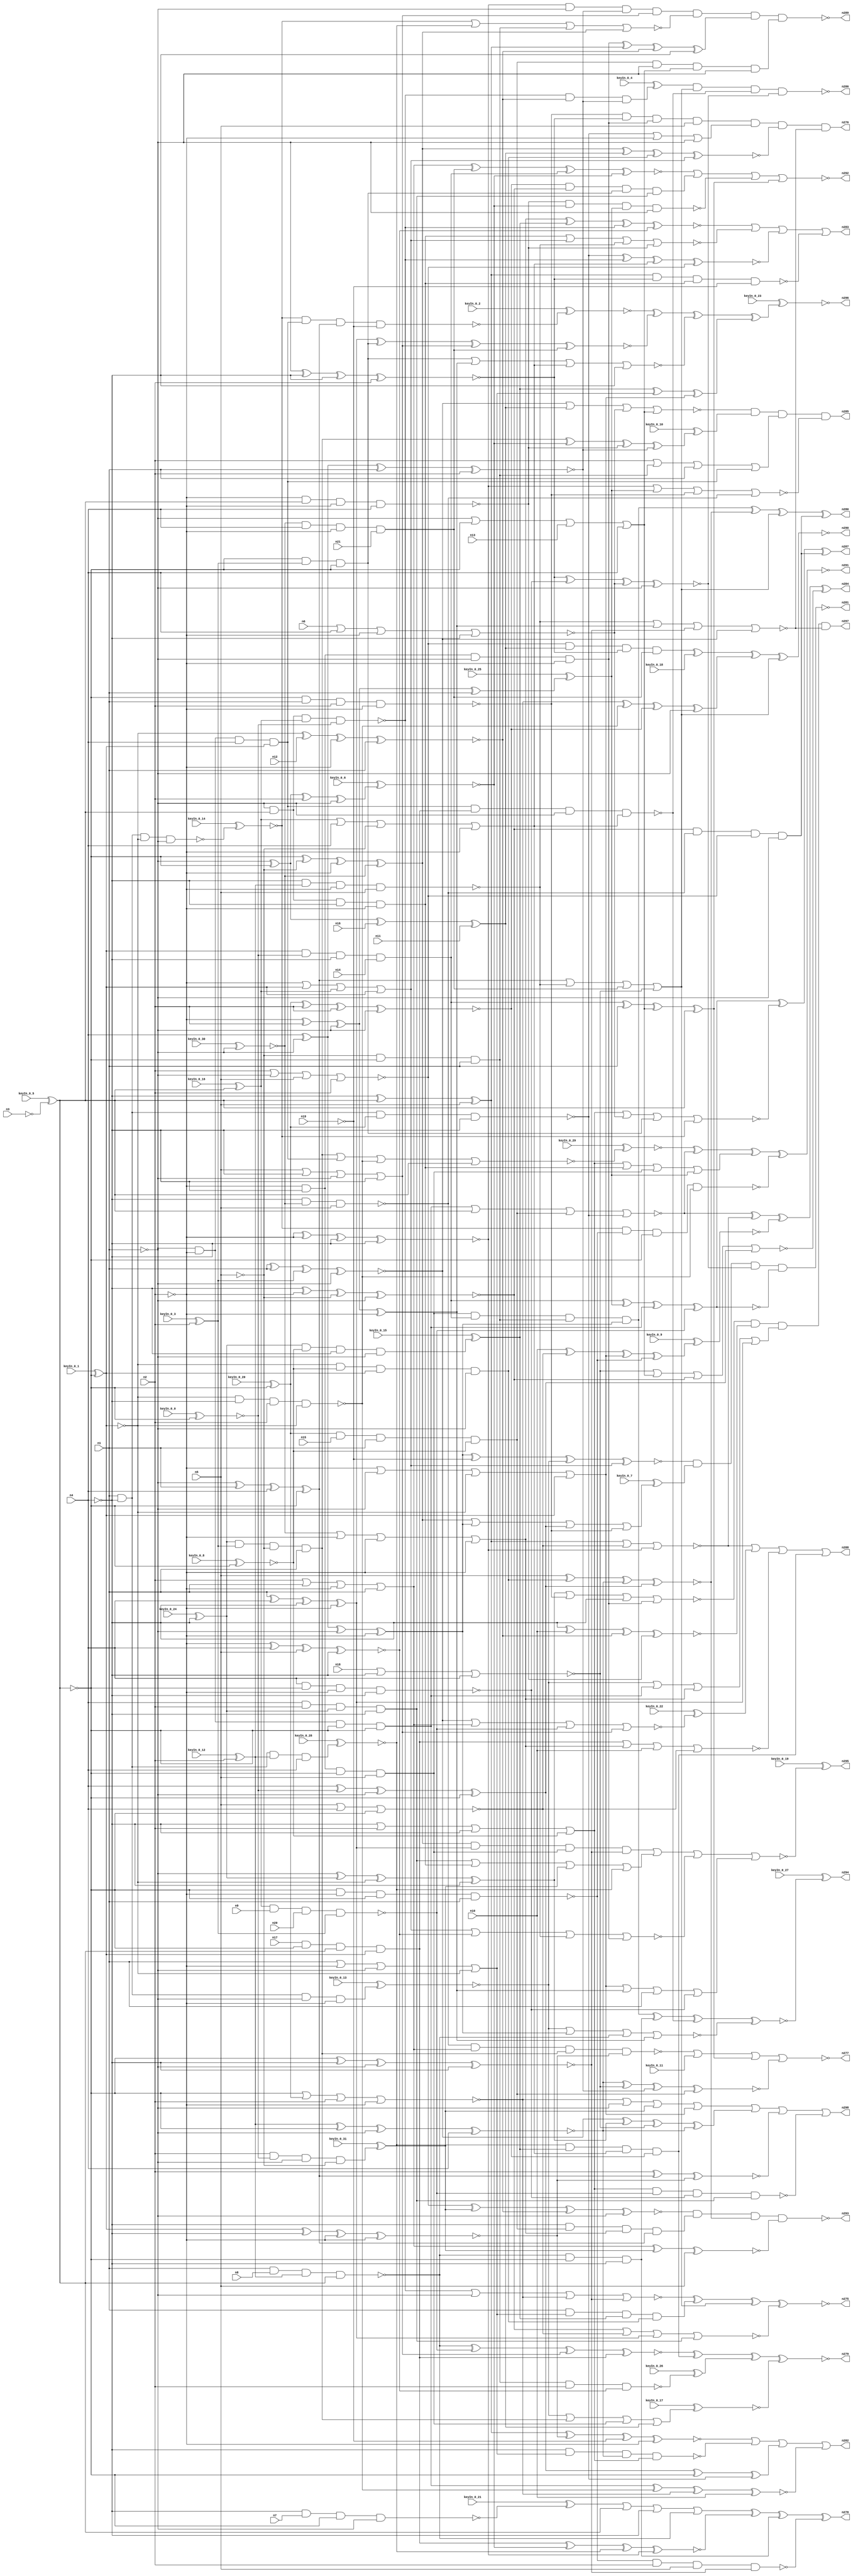


module Stat_277_639
(
  n1,
  n2,
  n3,
  n4,
  n5,
  n6,
  n7,
  n8,
  n9,
  n10,
  n11,
  n12,
  n13,
  n14,
  n15,
  n16,
  n17,
  n18,
  n19,
  n20,
  n21,
  n298,
  n293,
  n286,
  n291,
  n282,
  n294,
  n283,
  n296,
  n278,
  n287,
  n288,
  n279,
  n280,
  n276,
  n295,
  n277,
  n290,
  n281,
  n284,
  n285,
  n275,
  n289,
  n292,
  n297,
  keyIn_0_0,
  keyIn_0_1,
  keyIn_0_2,
  keyIn_0_3,
  keyIn_0_4,
  keyIn_0_5,
  keyIn_0_6,
  keyIn_0_7,
  keyIn_0_8,
  keyIn_0_9,
  keyIn_0_10,
  keyIn_0_11,
  keyIn_0_12,
  keyIn_0_13,
  keyIn_0_14,
  keyIn_0_15,
  keyIn_0_16,
  keyIn_0_17,
  keyIn_0_18,
  keyIn_0_19,
  keyIn_0_20,
  keyIn_0_21,
  keyIn_0_22,
  keyIn_0_23,
  keyIn_0_24,
  keyIn_0_25,
  keyIn_0_26,
  keyIn_0_27,
  keyIn_0_28,
  keyIn_0_29,
  keyIn_0_30,
  keyIn_0_31
);

  input n1;
  input n2;
  input n3;
  input n4;
  input n5;
  input n6;
  input n7;
  input n8;
  input n9;
  input n10;
  input n11;
  input n12;
  input n13;
  input n14;
  input n15;
  input n16;
  input n17;
  input n18;
  input n19;
  input n20;
  input n21;
  input keyIn_0_0;
  input keyIn_0_1;
  input keyIn_0_2;
  input keyIn_0_3;
  input keyIn_0_4;
  input keyIn_0_5;
  input keyIn_0_6;
  input keyIn_0_7;
  input keyIn_0_8;
  input keyIn_0_9;
  input keyIn_0_10;
  input keyIn_0_11;
  input keyIn_0_12;
  input keyIn_0_13;
  input keyIn_0_14;
  input keyIn_0_15;
  input keyIn_0_16;
  input keyIn_0_17;
  input keyIn_0_18;
  input keyIn_0_19;
  input keyIn_0_20;
  input keyIn_0_21;
  input keyIn_0_22;
  input keyIn_0_23;
  input keyIn_0_24;
  input keyIn_0_25;
  input keyIn_0_26;
  input keyIn_0_27;
  input keyIn_0_28;
  input keyIn_0_29;
  input keyIn_0_30;
  input keyIn_0_31;
  output n298;
  output n293;
  output n286;
  output n291;
  output n282;
  output n294;
  output n283;
  output n296;
  output n278;
  output n287;
  output n288;
  output n279;
  output n280;
  output n276;
  output n295;
  output n277;
  output n290;
  output n281;
  output n284;
  output n285;
  output n275;
  output n289;
  output n292;
  output n297;
  wire n22;
  wire n23;
  wire n24;
  wire n25;
  wire n26;
  wire n27;
  wire n28;
  wire n29;
  wire n30;
  wire n31;
  wire n32;
  wire n33;
  wire n34;
  wire n35;
  wire n36;
  wire n37;
  wire n38;
  wire n39;
  wire n40;
  wire n41;
  wire n42;
  wire n43;
  wire n44;
  wire n45;
  wire n46;
  wire n47;
  wire n48;
  wire n49;
  wire n50;
  wire n51;
  wire n52;
  wire n53;
  wire n54;
  wire n55;
  wire n56;
  wire n57;
  wire n58;
  wire n59;
  wire n60;
  wire n61;
  wire n62;
  wire n63;
  wire n64;
  wire n65;
  wire n66;
  wire n67;
  wire n68;
  wire n69;
  wire n70;
  wire n71;
  wire n72;
  wire n73;
  wire n74;
  wire n75;
  wire n76;
  wire n77;
  wire n78;
  wire n79;
  wire n80;
  wire n81;
  wire n82;
  wire n83;
  wire n84;
  wire n85;
  wire n86;
  wire n87;
  wire n88;
  wire n89;
  wire n90;
  wire n91;
  wire n92;
  wire n93;
  wire n94;
  wire n95;
  wire n96;
  wire n97;
  wire n98;
  wire n99;
  wire n100;
  wire n101;
  wire n102;
  wire n103;
  wire n104;
  wire n105;
  wire n106;
  wire n107;
  wire n108;
  wire n109;
  wire n110;
  wire n111;
  wire n112;
  wire n113;
  wire n114;
  wire n115;
  wire n116;
  wire n117;
  wire n118;
  wire n119;
  wire n120;
  wire n121;
  wire n122;
  wire n123;
  wire n124;
  wire n125;
  wire n126;
  wire n127;
  wire n128;
  wire n129;
  wire n130;
  wire n131;
  wire n132;
  wire n133;
  wire n134;
  wire n135;
  wire n136;
  wire n137;
  wire n138;
  wire n139;
  wire n140;
  wire n141;
  wire n142;
  wire n143;
  wire n144;
  wire n145;
  wire n146;
  wire n147;
  wire n148;
  wire n149;
  wire n150;
  wire n151;
  wire n152;
  wire n153;
  wire n154;
  wire n155;
  wire n156;
  wire n157;
  wire n158;
  wire n159;
  wire n160;
  wire n161;
  wire n162;
  wire n163;
  wire n164;
  wire n165;
  wire n166;
  wire n167;
  wire n168;
  wire n169;
  wire n170;
  wire n171;
  wire n172;
  wire n173;
  wire n174;
  wire n175;
  wire n176;
  wire n177;
  wire n178;
  wire n179;
  wire n180;
  wire n181;
  wire n182;
  wire n183;
  wire n184;
  wire n185;
  wire n186;
  wire n187;
  wire n188;
  wire n189;
  wire n190;
  wire n191;
  wire n192;
  wire n193;
  wire n194;
  wire n195;
  wire n196;
  wire n197;
  wire n198;
  wire n199;
  wire n200;
  wire n201;
  wire n202;
  wire n203;
  wire n204;
  wire n205;
  wire n206;
  wire n207;
  wire n208;
  wire n209;
  wire n210;
  wire n211;
  wire n212;
  wire n213;
  wire n214;
  wire n215;
  wire n216;
  wire n217;
  wire n218;
  wire n219;
  wire n220;
  wire n221;
  wire n222;
  wire n223;
  wire n224;
  wire n225;
  wire n226;
  wire n227;
  wire n228;
  wire n229;
  wire n230;
  wire n231;
  wire n232;
  wire n233;
  wire n234;
  wire n235;
  wire n236;
  wire n237;
  wire n238;
  wire n239;
  wire n240;
  wire n241;
  wire n242;
  wire n243;
  wire n244;
  wire n245;
  wire n246;
  wire n247;
  wire n248;
  wire n249;
  wire n250;
  wire n251;
  wire n252;
  wire n253;
  wire n254;
  wire n255;
  wire n256;
  wire n257;
  wire n258;
  wire n259;
  wire n260;
  wire n261;
  wire n262;
  wire n263;
  wire n264;
  wire n265;
  wire n266;
  wire n267;
  wire n268;
  wire n269;
  wire n270;
  wire n271;
  wire n272;
  wire n273;
  wire n274;
  wire KeyWire_0_0;
  wire KeyWire_0_1;
  wire KeyWire_0_2;
  wire KeyWire_0_3;
  wire KeyWire_0_4;
  wire KeyWire_0_5;
  wire KeyWire_0_6;
  wire KeyWire_0_7;
  wire KeyWire_0_8;
  wire KeyWire_0_9;
  wire KeyWire_0_10;
  wire KeyWire_0_11;
  wire KeyWire_0_12;
  wire KeyWire_0_13;
  wire KeyWire_0_14;
  wire KeyWire_0_15;
  wire KeyWire_0_16;
  wire KeyWire_0_17;
  wire KeyWire_0_18;
  wire KeyWire_0_19;
  wire KeyWire_0_20;
  wire KeyWire_0_21;
  wire KeyWire_0_22;
  wire KeyWire_0_23;
  wire KeyWire_0_24;
  wire KeyWire_0_25;
  wire KeyWire_0_26;
  wire KeyWire_0_27;
  wire KeyWire_0_28;
  wire KeyWire_0_29;
  wire KeyWire_0_30;
  wire KeyWire_0_31;

  buf
  g0
  (
    n22,
    n5
  );


  buf
  g1
  (
    n24,
    n2
  );


  not
  g2
  (
    n25,
    n1
  );


  not
  g3
  (
    n26,
    n4
  );


  not
  g4
  (
    KeyWire_0_5,
    n3
  );


  not
  g5
  (
    n38,
    n25
  );


  not
  g6
  (
    n39,
    n24
  );


  not
  g7
  (
    n43,
    n23
  );


  not
  g8
  (
    n37,
    n25
  );


  buf
  g9
  (
    n32,
    n23
  );


  buf
  g10
  (
    n36,
    n26
  );


  not
  g11
  (
    n33,
    n26
  );


  buf
  g12
  (
    n30,
    n24
  );


  buf
  g13
  (
    n34,
    n23
  );


  buf
  g14
  (
    n42,
    n26
  );


  not
  g15
  (
    n29,
    n26
  );


  buf
  g16
  (
    n35,
    n24
  );


  not
  g17
  (
    n40,
    n25
  );


  not
  g18
  (
    n28,
    n24
  );


  not
  g19
  (
    KeyWire_0_1,
    n23
  );


  buf
  g20
  (
    n27,
    n25
  );


  buf
  g21
  (
    n41,
    n22
  );


  not
  g22
  (
    n62,
    n30
  );


  not
  g23
  (
    KeyWire_0_0,
    n32
  );


  buf
  g24
  (
    n57,
    n39
  );


  not
  g25
  (
    n88,
    n31
  );


  buf
  g26
  (
    KeyWire_0_20,
    n43
  );


  buf
  g27
  (
    n102,
    n28
  );


  buf
  g28
  (
    n50,
    n36
  );


  buf
  g29
  (
    n96,
    n41
  );


  buf
  g30
  (
    n58,
    n33
  );


  not
  g31
  (
    n56,
    n42
  );


  buf
  g32
  (
    n71,
    n39
  );


  not
  g33
  (
    n98,
    n33
  );


  not
  g34
  (
    n45,
    n29
  );


  buf
  g35
  (
    n59,
    n42
  );


  buf
  g36
  (
    n55,
    n28
  );


  not
  g37
  (
    n68,
    n30
  );


  buf
  g38
  (
    n66,
    n30
  );


  buf
  g39
  (
    n78,
    n37
  );


  not
  g40
  (
    n60,
    n43
  );


  buf
  g41
  (
    n99,
    n43
  );


  not
  g42
  (
    n95,
    n37
  );


  not
  g43
  (
    n87,
    n33
  );


  not
  g44
  (
    n63,
    n27
  );


  buf
  g45
  (
    n67,
    n38
  );


  buf
  g46
  (
    n80,
    n39
  );


  buf
  g47
  (
    n101,
    n31
  );


  not
  g48
  (
    n74,
    n29
  );


  buf
  g49
  (
    n54,
    n33
  );


  buf
  g50
  (
    n49,
    n38
  );


  not
  g51
  (
    n64,
    n40
  );


  not
  g52
  (
    n79,
    n32
  );


  not
  g53
  (
    n44,
    n41
  );


  not
  g54
  (
    n103,
    n35
  );


  not
  g55
  (
    n92,
    n37
  );


  not
  g56
  (
    n46,
    n38
  );


  buf
  g57
  (
    n84,
    n37
  );


  not
  g58
  (
    KeyWire_0_24,
    n29
  );


  buf
  g59
  (
    n97,
    n28
  );


  not
  g60
  (
    n94,
    n34
  );


  buf
  g61
  (
    n109,
    n41
  );


  not
  g62
  (
    n53,
    n32
  );


  buf
  g63
  (
    n51,
    n42
  );


  buf
  g64
  (
    n85,
    n40
  );


  not
  g65
  (
    KeyWire_0_8,
    n34
  );


  not
  g66
  (
    n72,
    n38
  );


  not
  g67
  (
    KeyWire_0_12,
    n39
  );


  buf
  g68
  (
    n111,
    n34
  );


  buf
  g69
  (
    n108,
    n27
  );


  not
  g70
  (
    n104,
    n31
  );


  not
  g71
  (
    n107,
    n28
  );


  not
  g72
  (
    n100,
    n34
  );


  buf
  g73
  (
    n89,
    n27
  );


  not
  g74
  (
    KeyWire_0_30,
    n40
  );


  buf
  g75
  (
    KeyWire_0_3,
    n35
  );


  buf
  g76
  (
    n93,
    n30
  );


  buf
  g77
  (
    n75,
    n29
  );


  not
  g78
  (
    KeyWire_0_16,
    n43
  );


  buf
  g79
  (
    n52,
    n27
  );


  buf
  g80
  (
    n73,
    n36
  );


  not
  g81
  (
    n76,
    n41
  );


  buf
  g82
  (
    n61,
    n35
  );


  not
  g83
  (
    n65,
    n35
  );


  not
  g84
  (
    n70,
    n40
  );


  not
  g85
  (
    n48,
    n42
  );


  buf
  g86
  (
    n106,
    n31
  );


  buf
  g87
  (
    n90,
    n36
  );


  not
  g88
  (
    n105,
    n32
  );


  buf
  g89
  (
    n91,
    n36
  );


  not
  g90
  (
    n181,
    n95
  );


  buf
  g91
  (
    n189,
    n60
  );


  buf
  g92
  (
    n180,
    n68
  );


  not
  g93
  (
    n163,
    n76
  );


  not
  g94
  (
    n178,
    n84
  );


  not
  g95
  (
    n123,
    n65
  );


  not
  g96
  (
    n187,
    n84
  );


  buf
  g97
  (
    n193,
    n73
  );


  buf
  g98
  (
    n179,
    n100
  );


  buf
  g99
  (
    n125,
    n74
  );


  not
  g100
  (
    n143,
    n19
  );


  buf
  g101
  (
    n120,
    n10
  );


  not
  g102
  (
    n167,
    n67
  );


  nor
  g103
  (
    n130,
    n18,
    n51,
    n48
  );


  and
  g104
  (
    KeyWire_0_15,
    n82,
    n81,
    n51,
    n52
  );


  nand
  g105
  (
    KeyWire_0_14,
    n67,
    n73,
    n106,
    n89
  );


  and
  g106
  (
    n138,
    n17,
    n99,
    n60,
    n104
  );


  nand
  g107
  (
    n151,
    n87,
    n110,
    n55,
    n109
  );


  and
  g108
  (
    n141,
    n56,
    n61,
    n82,
    n90
  );


  nand
  g109
  (
    n118,
    n101,
    n51,
    n61,
    n106
  );


  nor
  g110
  (
    n152,
    n109,
    n75,
    n100
  );


  xor
  g111
  (
    n160,
    n74,
    n111,
    n96
  );


  xor
  g112
  (
    n135,
    n49,
    n56,
    n91,
    n97
  );


  or
  g113
  (
    n186,
    n93,
    n84,
    n65,
    n85
  );


  xor
  g114
  (
    n168,
    n46,
    n63,
    n75,
    n99
  );


  and
  g115
  (
    n117,
    n102,
    n59,
    n64,
    n65
  );


  or
  g116
  (
    n121,
    n83,
    n54,
    n76,
    n71
  );


  and
  g117
  (
    n166,
    n106,
    n81,
    n104,
    n108
  );


  xor
  g118
  (
    n124,
    n108,
    n53,
    n16,
    n11
  );


  and
  g119
  (
    n164,
    n77,
    n54,
    n68,
    n21
  );


  xnor
  g120
  (
    n173,
    n45,
    n57,
    n44,
    n95
  );


  and
  g121
  (
    n176,
    n82,
    n47,
    n44,
    n85
  );


  nor
  g122
  (
    n153,
    n53,
    n69,
    n107,
    n68
  );


  xor
  g123
  (
    n139,
    n58,
    n108,
    n52,
    n103
  );


  and
  g124
  (
    KeyWire_0_28,
    n51,
    n67,
    n110,
    n54
  );


  and
  g125
  (
    n147,
    n80,
    n59,
    n53,
    n96
  );


  xor
  g126
  (
    KeyWire_0_25,
    n103,
    n93,
    n72,
    n84
  );


  nand
  g127
  (
    n155,
    n94,
    n55,
    n79,
    n49
  );


  and
  g128
  (
    n184,
    n95,
    n57,
    n99,
    n105
  );


  or
  g129
  (
    n142,
    n57,
    n89,
    n101,
    n88
  );


  xnor
  g130
  (
    n149,
    n94,
    n87,
    n95,
    n91
  );


  xnor
  g131
  (
    n182,
    n69,
    n66,
    n93,
    n92
  );


  or
  g132
  (
    n136,
    n64,
    n100,
    n13,
    n54
  );


  nand
  g133
  (
    n114,
    n71,
    n111,
    n62,
    n58
  );


  xnor
  g134
  (
    n133,
    n97,
    n48,
    n109,
    n90
  );


  and
  g135
  (
    n165,
    n64,
    n111,
    n50,
    n62
  );


  xnor
  g136
  (
    n190,
    n46,
    n75,
    n63,
    n66
  );


  nand
  g137
  (
    n144,
    n91,
    n49,
    n69,
    n87
  );


  xnor
  g138
  (
    n156,
    n62,
    n80,
    n73,
    n74
  );


  nand
  g139
  (
    KeyWire_0_21,
    n98,
    n7,
    n105,
    n89
  );


  or
  g140
  (
    n159,
    n109,
    n50,
    n70,
    n90
  );


  and
  g141
  (
    n140,
    n102,
    n92,
    n48,
    n104
  );


  xor
  g142
  (
    n175,
    n61,
    n68,
    n70,
    n97
  );


  nand
  g143
  (
    n132,
    n50,
    n98,
    n77,
    n96
  );


  or
  g144
  (
    n177,
    n98,
    n107,
    n87,
    n81
  );


  nand
  g145
  (
    n131,
    n58,
    n79,
    n103,
    n45
  );


  nand
  g146
  (
    n174,
    n63,
    n8,
    n110,
    n60
  );


  xnor
  g147
  (
    n169,
    n88,
    n45,
    n102,
    n97
  );


  or
  g148
  (
    n119,
    n103,
    n104,
    n83,
    n88
  );


  or
  g149
  (
    n146,
    n46,
    n49,
    n71,
    n59
  );


  xnor
  g150
  (
    n154,
    n101,
    n12,
    n71,
    n85
  );


  nand
  g151
  (
    n129,
    n89,
    n60,
    n83,
    n86
  );


  xnor
  g152
  (
    n116,
    n52,
    n45,
    n98,
    n66
  );


  xor
  g153
  (
    n192,
    n99,
    n44,
    n80,
    n77
  );


  xor
  g154
  (
    KeyWire_0_6,
    n70,
    n79,
    n107,
    n72
  );


  nor
  g155
  (
    n191,
    n61,
    n108,
    n96,
    n107
  );


  xor
  g156
  (
    n134,
    n56,
    n86,
    n64,
    n79
  );


  xnor
  g157
  (
    n158,
    n110,
    n105,
    n70,
    n48
  );


  nor
  g158
  (
    n150,
    n6,
    n58,
    n102,
    n59
  );


  or
  g159
  (
    n127,
    n77,
    n57,
    n55,
    n80
  );


  nor
  g160
  (
    n148,
    n74,
    n56,
    n72,
    n50
  );


  or
  g161
  (
    n172,
    n85,
    n55,
    n72,
    n106
  );


  xnor
  g162
  (
    n126,
    n78,
    n67,
    n47,
    n92
  );


  and
  g163
  (
    KeyWire_0_13,
    n78,
    n91,
    n92,
    n65
  );


  xor
  g164
  (
    n113,
    n52,
    n82,
    n101,
    n90
  );


  and
  g165
  (
    KeyWire_0_31,
    n66,
    n86,
    n46,
    n76
  );


  nand
  g166
  (
    n188,
    n83,
    n9,
    n20,
    n47
  );


  and
  g167
  (
    n145,
    n76,
    n44,
    n53,
    n78
  );


  nand
  g168
  (
    n115,
    n94,
    n78,
    n93,
    n62
  );


  and
  g169
  (
    n162,
    n100,
    n105,
    n47,
    n94
  );


  and
  g170
  (
    n170,
    n69,
    n15,
    n63,
    n81
  );


  and
  g171
  (
    n122,
    n88,
    n86,
    n73,
    n14
  );


  xor
  g172
  (
    n217,
    n134,
    n179,
    n148,
    n144
  );


  nor
  g173
  (
    n212,
    n126,
    n124,
    n150,
    n136
  );


  or
  g174
  (
    KeyWire_0_11,
    n180,
    n112,
    n146,
    n182
  );


  nand
  g175
  (
    KeyWire_0_26,
    n145,
    n123,
    n133
  );


  and
  g176
  (
    KeyWire_0_4,
    n129,
    n154,
    n190,
    n146
  );


  nand
  g177
  (
    n210,
    n114,
    n157,
    n128,
    n178
  );


  and
  g178
  (
    n252,
    n182,
    n173,
    n162,
    n141
  );


  xnor
  g179
  (
    n268,
    n163,
    n166,
    n158,
    n134
  );


  nand
  g180
  (
    n220,
    n193,
    n172,
    n158,
    n177
  );


  xnor
  g181
  (
    n255,
    n174,
    n188,
    n159,
    n138
  );


  xnor
  g182
  (
    n260,
    n123,
    n168,
    n169
  );


  or
  g183
  (
    n274,
    n168,
    n151,
    n164,
    n130
  );


  and
  g184
  (
    n197,
    n156,
    n178,
    n190,
    n159
  );


  nor
  g185
  (
    n233,
    n173,
    n152,
    n135,
    n141
  );


  xor
  g186
  (
    n254,
    n126,
    n113,
    n130,
    n158
  );


  or
  g187
  (
    n236,
    n141,
    n165,
    n183,
    n137
  );


  xnor
  g188
  (
    n227,
    n192,
    n124,
    n166,
    n119
  );


  xor
  g189
  (
    KeyWire_0_9,
    n120,
    n152,
    n142,
    n155
  );


  and
  g190
  (
    n223,
    n170,
    n167,
    n136,
    n187
  );


  xnor
  g191
  (
    n239,
    n184,
    n118,
    n153,
    n120
  );


  nand
  g192
  (
    n246,
    n177,
    n188,
    n131,
    n141
  );


  xor
  g193
  (
    KeyWire_0_10,
    n176,
    n157,
    n114,
    n190
  );


  nor
  g194
  (
    n213,
    n138,
    n127,
    n120,
    n152
  );


  nor
  g195
  (
    KeyWire_0_29,
    n176,
    n140,
    n118,
    n189
  );


  nand
  g196
  (
    n253,
    n185,
    n155,
    n179,
    n118
  );


  nand
  g197
  (
    n235,
    n155,
    n123,
    n163,
    n149
  );


  and
  g198
  (
    n257,
    n191,
    n124,
    n116,
    n164
  );


  and
  g199
  (
    n270,
    n174,
    n179,
    n125
  );


  nor
  g200
  (
    n198,
    n161,
    n139,
    n174,
    n175
  );


  or
  g201
  (
    KeyWire_0_7,
    n192,
    n139,
    n134,
    n115
  );


  or
  g202
  (
    n250,
    n177,
    n165,
    n147,
    n128
  );


  xnor
  g203
  (
    n249,
    n186,
    n164,
    n122,
    n157
  );


  nand
  g204
  (
    n229,
    n132,
    n186,
    n176,
    n169
  );


  nor
  g205
  (
    n200,
    n177,
    n150,
    n162,
    n185
  );


  nor
  g206
  (
    n206,
    n130,
    n136,
    n173,
    n134
  );


  xnor
  g207
  (
    n269,
    n116,
    n131,
    n150,
    n187
  );


  xnor
  g208
  (
    n194,
    n186,
    n183,
    n163,
    n148
  );


  nand
  g209
  (
    n266,
    n140,
    n138,
    n178,
    n121
  );


  nand
  g210
  (
    KeyWire_0_2,
    n185,
    n140,
    n168,
    n143
  );


  and
  g211
  (
    n271,
    n173,
    n132,
    n191,
    n167
  );


  xnor
  g212
  (
    n240,
    n135,
    n162,
    n159,
    n164
  );


  and
  g213
  (
    n272,
    n147,
    n122,
    n145,
    n139
  );


  xnor
  g214
  (
    n261,
    n138,
    n157,
    n137,
    n156
  );


  nor
  g215
  (
    n273,
    n151,
    n175,
    n149,
    n126
  );


  and
  g216
  (
    n263,
    n137,
    n171,
    n121,
    n182
  );


  xnor
  g217
  (
    n211,
    n158,
    n130,
    n190,
    n170
  );


  nor
  g218
  (
    n199,
    n113,
    n115,
    n125,
    n117
  );


  or
  g219
  (
    n196,
    n142,
    n175,
    n181,
    n131
  );


  nor
  g220
  (
    n248,
    n156,
    n128,
    n115,
    n132
  );


  xor
  g221
  (
    n247,
    n153,
    n118,
    n182,
    n167
  );


  and
  g222
  (
    n244,
    n115,
    n116,
    n117,
    n163
  );


  or
  g223
  (
    n208,
    n144,
    n180,
    n187,
    n148
  );


  or
  g224
  (
    n231,
    n161,
    n184,
    n127,
    n135
  );


  and
  g225
  (
    n203,
    n125,
    n170,
    n127,
    n168
  );


  xor
  g226
  (
    n265,
    n122,
    n181,
    n136,
    n189
  );


  or
  g227
  (
    KeyWire_0_17,
    n161,
    n176,
    n147,
    n124
  );


  xnor
  g228
  (
    n221,
    n191,
    n183,
    n154,
    n178
  );


  nor
  g229
  (
    n256,
    n119,
    n133,
    n151,
    n117
  );


  xor
  g230
  (
    n205,
    n171,
    n172,
    n142
  );


  nor
  g231
  (
    n262,
    n160,
    n148,
    n152,
    n156
  );


  xnor
  g232
  (
    n204,
    n160,
    n169,
    n143,
    n180
  );


  or
  g233
  (
    n226,
    n112,
    n189,
    n193,
    n174
  );


  or
  g234
  (
    n224,
    n123,
    n145,
    n181,
    n140
  );


  nand
  g235
  (
    n214,
    n160,
    n116,
    n165,
    n143
  );


  or
  g236
  (
    KeyWire_0_18,
    n131,
    n150,
    n146,
    n132
  );


  nor
  g237
  (
    n234,
    n129,
    n167,
    n153,
    n149
  );


  nor
  g238
  (
    n245,
    n185,
    n137,
    n145,
    n192
  );


  xnor
  g239
  (
    n267,
    n122,
    n128,
    n184,
    n188
  );


  nor
  g240
  (
    KeyWire_0_22,
    n126,
    n186,
    n188,
    n159
  );


  and
  g241
  (
    n222,
    n192,
    n135,
    n147,
    n149
  );


  xnor
  g242
  (
    n209,
    n144,
    n129,
    n121,
    n191
  );


  xnor
  g243
  (
    n251,
    n139,
    n143,
    n161,
    n119
  );


  or
  g244
  (
    n259,
    n153,
    n187,
    n183,
    n142
  );


  nor
  g245
  (
    n264,
    n184,
    n189,
    n170,
    n144
  );


  nor
  g246
  (
    n228,
    n165,
    n119,
    n151,
    n114
  );


  or
  g247
  (
    n237,
    n180,
    n146,
    n155,
    n166
  );


  nor
  g248
  (
    n225,
    n162,
    n175,
    n121,
    n193
  );


  xnor
  g249
  (
    n207,
    n127,
    n171,
    n129,
    n133
  );


  xnor
  g250
  (
    n243,
    n193,
    n120,
    n154,
    n114
  );


  and
  g251
  (
    n201,
    n181,
    n172,
    n171,
    n166
  );


  xor
  g252
  (
    n216,
    n117,
    n160,
    n154,
    n125
  );


  nand
  g253
  (
    n289,
    n197,
    n245,
    n216,
    n223
  );


  and
  g254
  (
    n276,
    n244,
    n208,
    n227,
    n273
  );


  nand
  g255
  (
    n293,
    n221,
    n203,
    n268,
    n194
  );


  or
  g256
  (
    n298,
    n259,
    n254,
    n260,
    n246
  );


  xor
  g257
  (
    n278,
    n226,
    n261,
    n270,
    n235
  );


  xnor
  g258
  (
    KeyWire_0_27,
    n272,
    n270,
    n266,
    n198
  );


  or
  g259
  (
    n282,
    n204,
    n220,
    n217,
    n239
  );


  nor
  g260
  (
    KeyWire_0_19,
    n222,
    n236,
    n256,
    n196
  );


  xnor
  g261
  (
    n290,
    n257,
    n232,
    n247,
    n274
  );


  nand
  g262
  (
    n286,
    n215,
    n274,
    n266,
    n269
  );


  xnor
  g263
  (
    n275,
    n234,
    n201,
    n274,
    n233
  );


  xnor
  g264
  (
    n291,
    n241,
    n264,
    n250,
    n253
  );


  and
  g265
  (
    n285,
    n212,
    n238,
    n224,
    n248
  );


  nor
  g266
  (
    n292,
    n249,
    n252,
    n210,
    n265
  );


  xor
  g267
  (
    KeyWire_0_23,
    n195,
    n240,
    n225,
    n205
  );


  xor
  g268
  (
    n284,
    n264,
    n262,
    n219,
    n206
  );


  xor
  g269
  (
    n287,
    n267,
    n237,
    n200,
    n271
  );


  or
  g270
  (
    n288,
    n262,
    n230,
    n213,
    n263
  );


  nor
  g271
  (
    n277,
    n229,
    n218,
    n265,
    n211
  );


  xor
  g272
  (
    n280,
    n272,
    n268,
    n274,
    n271
  );


  nand
  g273
  (
    n281,
    n251,
    n202,
    n269,
    n267
  );


  or
  g274
  (
    n283,
    n207,
    n228,
    n209,
    n214
  );


  xnor
  g275
  (
    n279,
    n255,
    n263,
    n258,
    n242
  );


  and
  g276
  (
    n297,
    n199,
    n243,
    n231,
    n273
  );


  xnor
  KeyGate_0_0
  (
    n86,
    keyIn_0_0,
    KeyWire_0_0
  );


  xnor
  KeyGate_0_1
  (
    n31,
    keyIn_0_1,
    KeyWire_0_1
  );


  xnor
  KeyGate_0_2
  (
    n195,
    keyIn_0_2,
    KeyWire_0_2
  );


  xor
  KeyGate_0_3
  (
    n47,
    keyIn_0_3,
    KeyWire_0_3
  );


  xor
  KeyGate_0_4
  (
    n215,
    keyIn_0_4,
    KeyWire_0_4
  );


  xor
  KeyGate_0_5
  (
    n23,
    keyIn_0_5,
    KeyWire_0_5
  );


  xnor
  KeyGate_0_6
  (
    n157,
    keyIn_0_6,
    KeyWire_0_6
  );


  xor
  KeyGate_0_7
  (
    n202,
    keyIn_0_7,
    KeyWire_0_7
  );


  xnor
  KeyGate_0_8
  (
    n81,
    keyIn_0_8,
    KeyWire_0_8
  );


  xnor
  KeyGate_0_9
  (
    n219,
    keyIn_0_9,
    KeyWire_0_9
  );


  xor
  KeyGate_0_10
  (
    n238,
    keyIn_0_10,
    KeyWire_0_10
  );


  xnor
  KeyGate_0_11
  (
    n218,
    keyIn_0_11,
    KeyWire_0_11
  );


  xor
  KeyGate_0_12
  (
    n110,
    keyIn_0_12,
    KeyWire_0_12
  );


  xnor
  KeyGate_0_13
  (
    n161,
    keyIn_0_13,
    KeyWire_0_13
  );


  xnor
  KeyGate_0_14
  (
    n185,
    keyIn_0_14,
    KeyWire_0_14
  );


  xor
  KeyGate_0_15
  (
    n171,
    keyIn_0_15,
    KeyWire_0_15
  );


  xor
  KeyGate_0_16
  (
    n83,
    keyIn_0_16,
    KeyWire_0_16
  );


  xnor
  KeyGate_0_17
  (
    n242,
    keyIn_0_17,
    KeyWire_0_17
  );


  xnor
  KeyGate_0_18
  (
    n232,
    keyIn_0_18,
    KeyWire_0_18
  );


  xor
  KeyGate_0_19
  (
    n295,
    keyIn_0_19,
    KeyWire_0_19
  );


  xor
  KeyGate_0_20
  (
    n69,
    keyIn_0_20,
    KeyWire_0_20
  );


  xor
  KeyGate_0_21
  (
    n112,
    keyIn_0_21,
    KeyWire_0_21
  );


  xor
  KeyGate_0_22
  (
    n230,
    keyIn_0_22,
    KeyWire_0_22
  );


  xnor
  KeyGate_0_23
  (
    n296,
    keyIn_0_23,
    KeyWire_0_23
  );


  xor
  KeyGate_0_24
  (
    n82,
    keyIn_0_24,
    KeyWire_0_24
  );


  xor
  KeyGate_0_25
  (
    n128,
    keyIn_0_25,
    KeyWire_0_25
  );


  xor
  KeyGate_0_26
  (
    n258,
    keyIn_0_26,
    KeyWire_0_26
  );


  xor
  KeyGate_0_27
  (
    n294,
    keyIn_0_27,
    KeyWire_0_27
  );


  xnor
  KeyGate_0_28
  (
    n137,
    keyIn_0_28,
    KeyWire_0_28
  );


  xnor
  KeyGate_0_29
  (
    n241,
    keyIn_0_29,
    KeyWire_0_29
  );


  xnor
  KeyGate_0_30
  (
    n77,
    keyIn_0_30,
    KeyWire_0_30
  );


  xor
  KeyGate_0_31
  (
    n183,
    keyIn_0_31,
    KeyWire_0_31
  );


endmodule